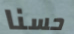
حسنا